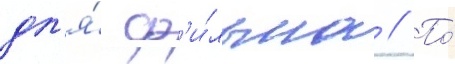
дл'я́ ф'и́льма // По́